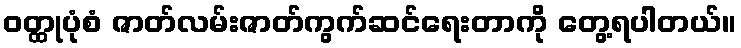
ဝတ္ထုပုံစံ ဇာတ်လမ်းဇာတ်ကွက်ဆင်ရေးတာကို တွေ့ရပါတယ်။